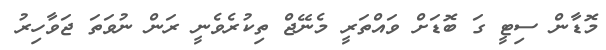
މޮޑާން ސިޓީ ގަ ބޮޑަށް ވައްތަރީ މެނޭޖް ތިކުރެވެނީ ރަން ނުވަތަ ޖަވާހިރު